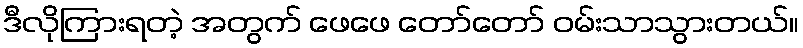
ဒီလိုကြားရတဲ့ အတွက် ဖေဖေ တော်တော် ဝမ်းသာသွားတယ်။